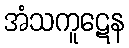
အံသကူဋေန